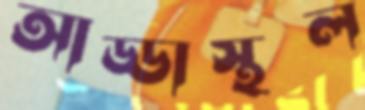
আড্ডাস্থল